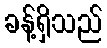
ခန့်ရှိသည်